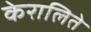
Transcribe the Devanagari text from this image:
केरालिते